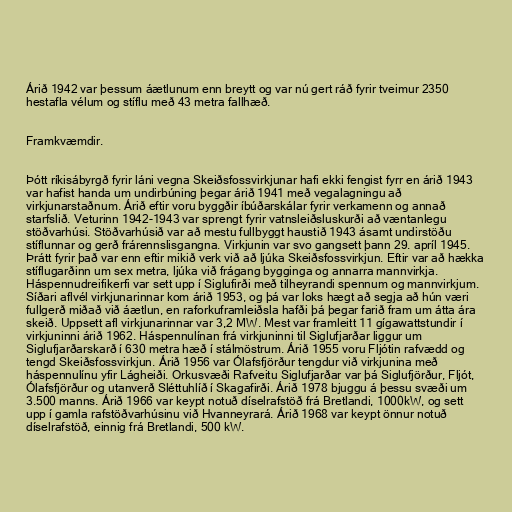
Árið 1942 var þessum áætlunum enn breytt og var nú gert ráð fyrir tveimur 2350
hestafla vélum og stíflu með 43 metra fallhæð.

Framkvæmdir.

Þótt ríkisábyrgð fyrir láni vegna Skeiðsfossvirkjunar hafi ekki fengist fyrr en árið 1943
var hafist handa um undirbúning þegar árið 1941 með vegalagningu að
virkjunarstaðnum. Árið eftir voru byggðir íbúðarskálar fyrir verkamenn og annað
starfslið. Veturinn 1942-1943 var sprengt fyrir vatnsleiðsluskurði að væntanlegu
stöðvarhúsi. Stöðvarhúsið var að mestu fullbyggt haustið 1943 ásamt undirstöðu
stíflunnar og gerð frárennslisgangna. Virkjunin var svo gangsett þann 29. apríl 1945.
Þrátt fyrir það var enn eftir mikið verk við að ljúka Skeiðsfossvirkjun. Eftir var að hækka
stíflugarðinn um sex metra, ljúka við frágang bygginga og annarra mannvirkja.
Háspennudreifikerfi var sett upp í Siglufirði með tilheyrandi spennum og mannvirkjum.
Síðari aflvél virkjunarinnar kom árið 1953, og þá var loks hægt að segja að hún væri
fullgerð miðað við áætlun, en raforkuframleiðsla hafði þá þegar farið fram um átta ára
skeið. Uppsett afl virkjunarinnar var 3,2 MW. Mest var framleitt 11 gígawattstundir í
virkjuninni árið 1962. Háspennulínan frá virkjuninni til Siglufjarðar liggur um
Siglufjarðarskarð í 630 metra hæð í stálmöstrum. Árið 1955 voru Fljótin rafvædd og
tengd Skeiðsfossvirkjun. Árið 1956 var Ólafsfjörður tengdur við virkjunina með
háspennulínu yfir Lágheiði. Orkusvæði Rafveitu Siglufjarðar var þá Siglufjörður, Fljót,
Ólafsfjörður og utanverð Sléttuhlíð í Skagafirði. Árið 1978 bjuggu á þessu svæði um
3.500 manns. Árið 1966 var keypt notuð díselrafstöð frá Bretlandi, 1000kW, og sett
upp í gamla rafstöðvarhúsinu við Hvanneyrará. Árið 1968 var keypt önnur notuð
díselrafstöð, einnig frá Bretlandi, 500 kW.